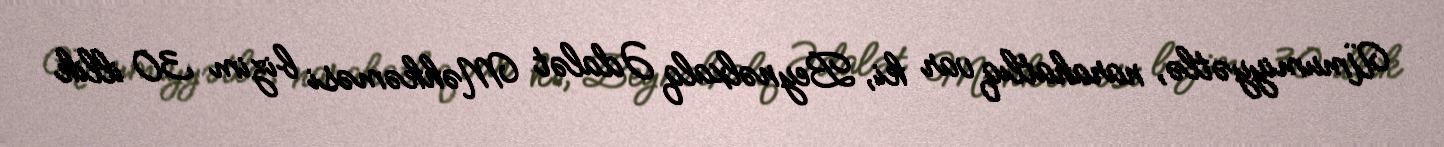
Ümumiyyətlə, narahatlıq var ki, Beynəlxalq Ədalət Məhkəməsi bizim 30 illik